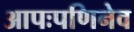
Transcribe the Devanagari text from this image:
आपःपणिनेव